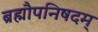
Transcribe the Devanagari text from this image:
ब्रह्मौपनिषदम्